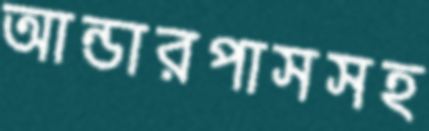
আন্ডারপাসসহ